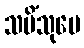
သမိံသုပေ